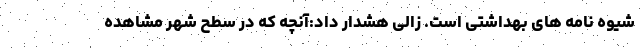
شیوه نامه های بهداشتی است. زالی هشدار داد:آنچه که در سطح شهر مشاهده